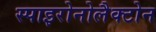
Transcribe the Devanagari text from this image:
स्पाइरोनोलैक्टोन